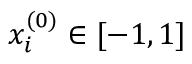
x _ { i } ^ { ( 0 ) } \in [ - 1 , 1 ]